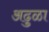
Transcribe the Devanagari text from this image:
अढुळा